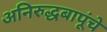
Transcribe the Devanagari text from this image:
अनिरुद्धबापूंचे